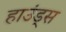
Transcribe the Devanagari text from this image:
हाउंड्स